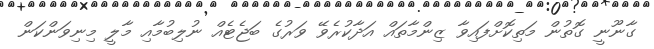
ގާނޫނީ ގޮތުން މަތިކޮށްފައިވާ ޒިންމާތައް އަދާކުރެވޭ ވަރުގެ ބަޖެޓެއް ނުލިބުމާއި މާލީ މިނިވަންކަން